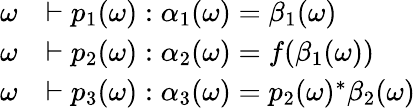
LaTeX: \begin{array}{rl}{\omega}&{\vdash p_{1}(\omega):\alpha_{1}(\omega)=\beta_{1}(\omega)}\\ {\omega}&{\vdash p_{2}(\omega):\alpha_{2}(\omega)=f(\beta_{1}(\omega))}\\ {\omega}&{\vdash p_{3}(\omega):\alpha_{3}(\omega)=p_{2}(\omega)^{*}\beta_{2}(\omega)}\end{array}